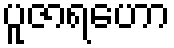
ပူဇာရဟော